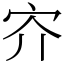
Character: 㝏